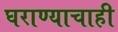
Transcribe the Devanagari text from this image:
घराण्याचाही